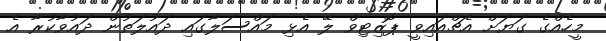
މީހެއްގެ ގަޔަށް އެޗްއައިވީ ޕޮޒިޓިވް ލޭ އެޅި މައްސަލާގައި ދައުލަތުން ދައުވާކުރާ އެ